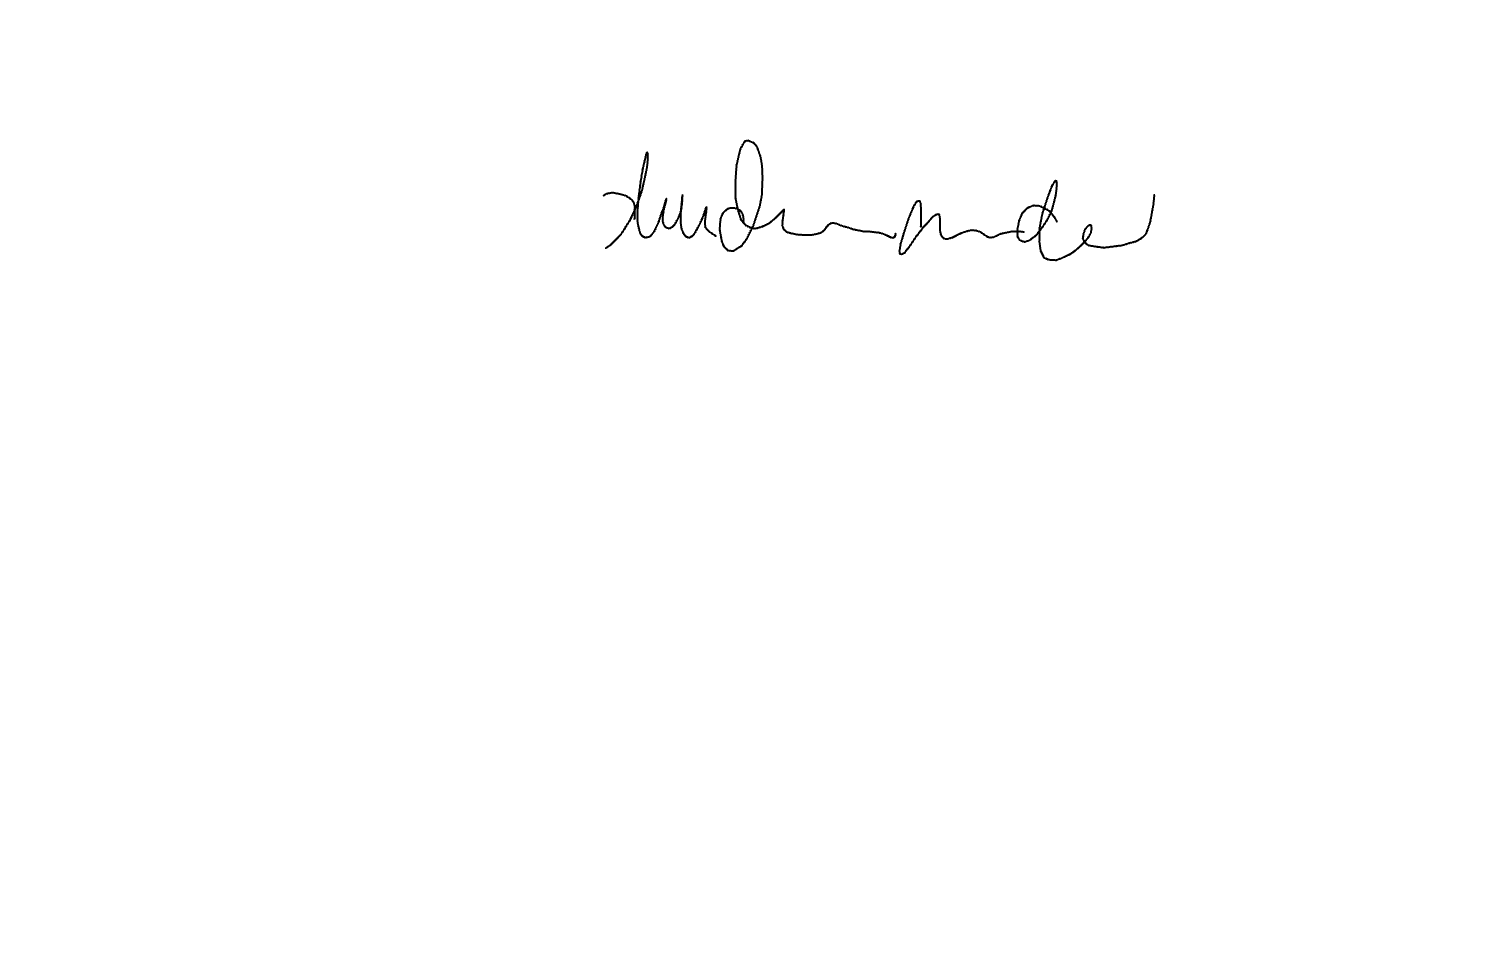
Text: durcheinander